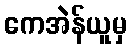
ကေအဲန်ယူမှ